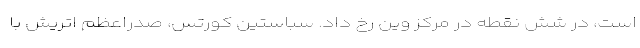
است، در شش نقطه در مرکز وین رخ داد. سباستین کورتس، صدراعظم اتریش با